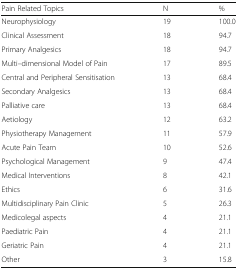
| Pain Related Topics | N | % |
 | --- | --- | --- |
 | Neurophysiology | 19 | 100.0 |
 | Clinical Assessment | 18 | 94.7 |
 | Primary Analgesics | 18 | 94.7 |
 | Multi–dimensional Model of Pain | 17 | 89.5 |
 | Central and Peripheral Sensitisation | 13 | 68.4 |
 | Secondary Analgesics | 13 | 68.4 |
 | Palliative care | 13 | 68.4 |
 | Aetiology | 12 | 63.2 |
 | Physiotherapy Management | 11 | 57.9 |
 | Acute Pain Team | 10 | 52.6 |
 | Psychological Management | 9 | 47.4 |
 | Medical Interventions | 8 | 42.1 |
 | Ethics | 6 | 31.6 |
 | Multidisciplinary Pain Clinic | 5 | 26.3 |
 | Medicolegal aspects | 4 | 21.1 |
 | Paediatric Pain | 4 | 21.1 |
 | Geriatric Pain | 4 | 21.1 |
 | Other | 3 | 15.8 |